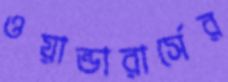
ওয়ান্ডারার্সের